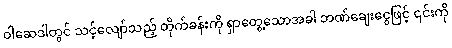
ဝါဆေဒါတွင် သင့်လျော်သည့် တိုက်ခန်းကို ရှာတွေ့သောအခါ ဘဏ်ချေးငွေဖြင့် ၎င်းကို